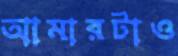
আমারটাও